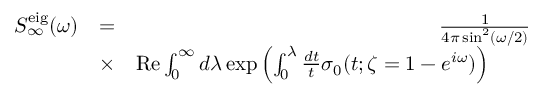
\begin{array} { r l r } { S _ { \infty } ^ { \mathrm { e i g } } ( \omega ) } & { = } & { \frac { 1 } { 4 \pi \sin ^ { 2 } ( \omega / 2 ) } } \\ & { \times } & { \mathrm { R e } \int _ { 0 } ^ { \infty } d \lambda \exp \left( \int _ { 0 } ^ { \lambda } \frac { d t } { t } \sigma _ { 0 } ( t ; \zeta = 1 - e ^ { i \omega } ) \right) \qquad } \end{array}